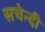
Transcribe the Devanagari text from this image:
सचेन्दी